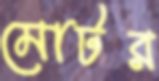
মোটর